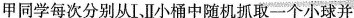
甲同学每次分别从I、Ⅱ小桶中随机抓取一个小球并